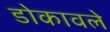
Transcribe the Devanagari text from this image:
डोकावले